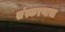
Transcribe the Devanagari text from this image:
संस्करणाचा